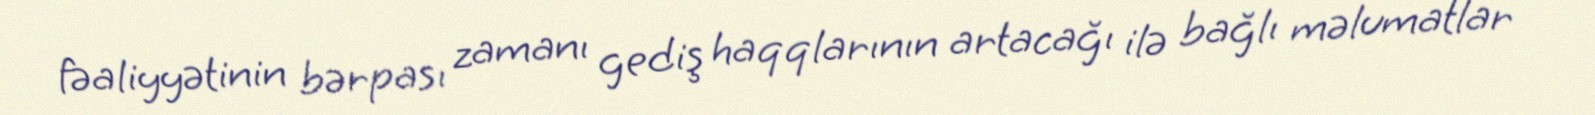
fəaliyyətinin bərpası zamanı gediş haqqlarının artacağı ilə bağlı məlumatlar